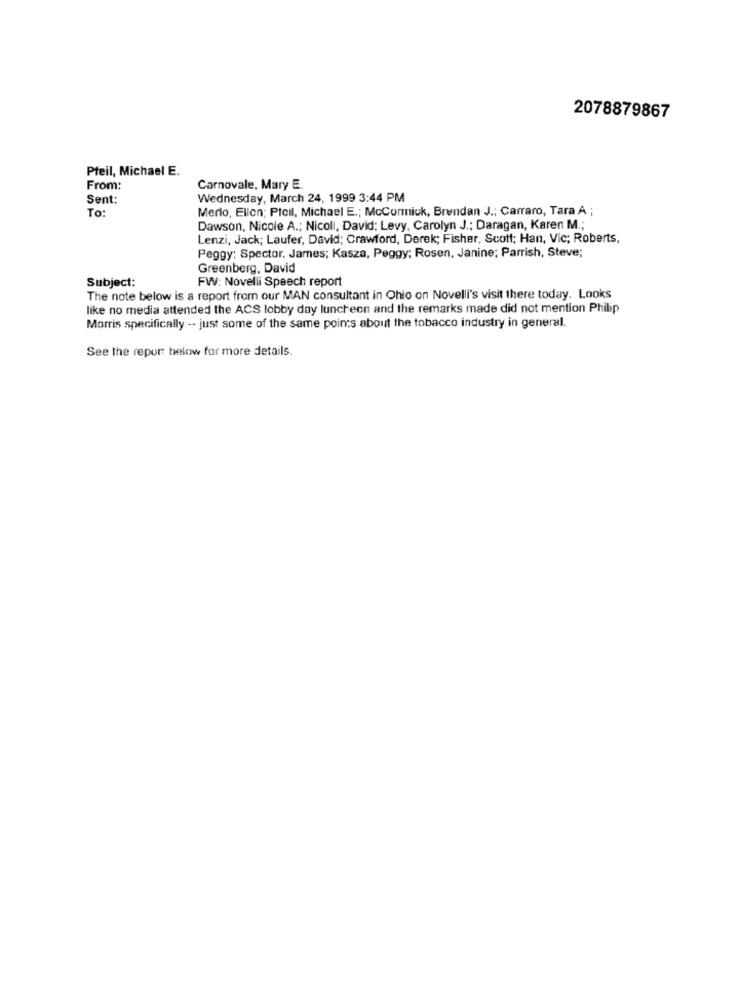
2078879867
Pfeil, Michael E.
From:
Carnovale, Mary E.
Sent:
Wednesday, March 24, 1999 3:44 PM
To:
Merlo, Ellen; Ptcil, Michael E .; McCormick, Brendan J .; Carraro, Tara A ;
Dawson, Nicole A .; Nicoli, David; Levy, Carolyn J .; Daragan, Karen M .;
Lenzi, Jack; Laufer, David; Crawford, Derek; Fisher, Scott; Han, Vic; Roberts,
Peggy: Spector, James; Kasza, Peggy; Rosen, Janine; Parrish, Steve;
Greenberg. David
Subject:
FW: Novelli Speech report
The note below is a report from our MAN consultant in Ohio on Novelli's visit there today. Looks
like no media attended the ACS lobby day luncheon and the remarks made did not mention Philip
Morris specifically -- just some of the same points about the tobacco industry in general.
See the report helow for more details.